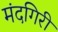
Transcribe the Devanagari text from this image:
मंदगिरी